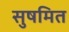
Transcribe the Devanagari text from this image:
सुषमित